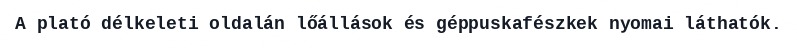
A plató délkeleti oldalán lőállások és géppuskafészkek nyomai láthatók.